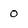
Character: 0